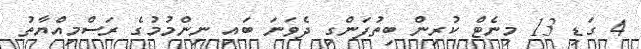
4 ގަޑި 13 މިނެޓް ކުރިން ބިތުފަންގި ދެވަނަ ބައި ނިންމުމުގެ ރަސްމިއްޔާތު